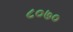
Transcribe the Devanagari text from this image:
८०७०